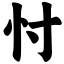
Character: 忖